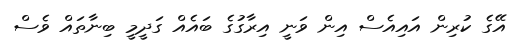
އޭގެ ކުރިން އައިއެސް އިން ވަނީ އިރާގުގެ ބައެއް ގަދީމީ ބިނާތައް ވެސް